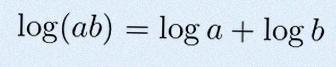
\log(ab)=\log a+\log b